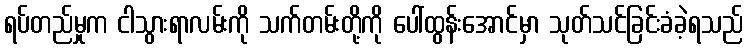
ရပ်တည်မှုက ငါသွားရာလမ်းကို သက်တမ်းတို့ကို ပေါ်ထွန်းအောင်မှာ သုတ်သင်ခြင်းခံခဲ့ရသည်